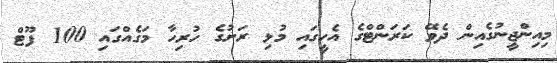
މިއިންޖީނުގެއިން ދެވޭ ކަރަންޓްގެ އެހީގައި މުޅި ރަށުގެ ހުރިހާ މަގެއްގައި 100 ފޫޓް